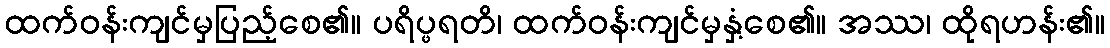
ထက်ဝန်းကျင်မှပြည့်စေ၏။ ပရိပ္ဖရတိ၊ ထက်ဝန်းကျင်မှနှံ့စေ၏။ အဿ၊ ထိုရဟန်း၏။